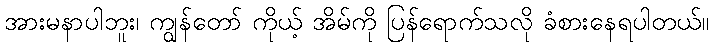
အားမနာပါဘူး၊ ကျွန်တော် ကိုယ့် အိမ်ကို ပြန်ရောက်သလို ခံစားနေရပါတယ်။